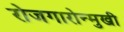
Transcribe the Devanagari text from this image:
रोजगारोन्मुखी